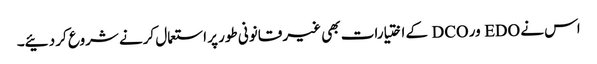
اس نے EDO ور DCO کے اختیارات بھی غیر قانونی طور پر استعمال کرنے شروع کر دئیے۔